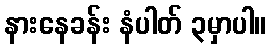
နားနေခန်း နံပါတ် ၃မှာပါ။